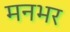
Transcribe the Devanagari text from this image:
मनभर